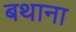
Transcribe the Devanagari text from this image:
बथाना